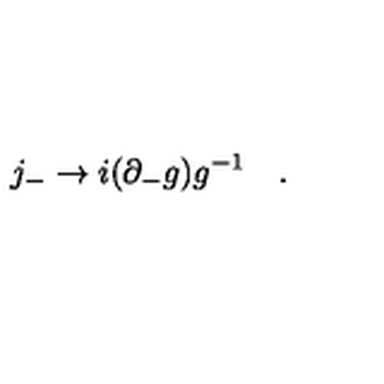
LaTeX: j _ { - } \to i ( \partial _ { - } g ) g ^ { - 1 } \quad .